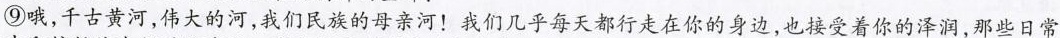
⑨哦，千古黄河，伟大的河，我们民族的母亲河！我们几乎每天都行走在你的身边，也接受着你的泽润，那些日常